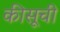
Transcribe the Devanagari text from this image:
कीसूची